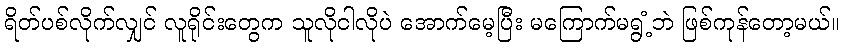
ရိတ်ပစ်လိုက်လျှင် လူရိုင်းတွေက သူလိုငါလိုပဲ အောက်မေ့ပြီး မကြောက်မရွံ့ဘဲ ဖြစ်ကုန်တော့မယ်။